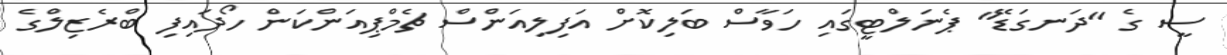
ސީ ގެ "ދަނގަޑޭ" ޕެނަލްޓީގައި ހަވާސް ބަލިކޮށް އަފިލިއަންސް ޗެމްޕިއަންކަން ހޯދައިފި ބްރެޒިލްގެ